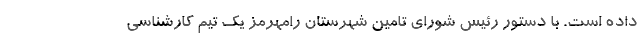
داده است. با دستور رئیس شورای تامین شهرستان رامهرمز یک تیم کارشناسی